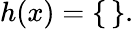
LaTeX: h(x)=\{ \, \} .